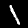
Label: 1